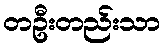
တဦးတည်းသာ